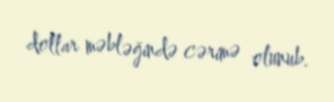
dollar məbləğində cərimə olunub.